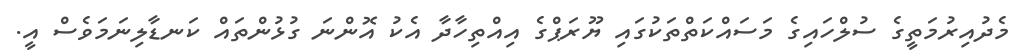
މެދުއިރުމަތީގެ ސުލްހައިގެ މަސައްކަތްތަކުގައި ޔޫރަޕްގެ އިއްތިހާދާ އެކު އޮންނަ ގުޅުންތައް ކަނޑާލިނަމަވެސް އީ.